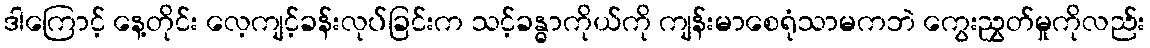
ဒါကြောင့် နေ့တိုင်း လေ့ကျင့်ခန်းလုပ်ခြင်းက သင့်ခန္ဓာကိုယ်ကို ကျန်းမာစေရုံသာမကဘဲ ကွေးညွှတ်မှုကိုလည်း